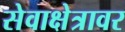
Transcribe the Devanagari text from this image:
सेवाक्षेत्रावर